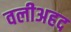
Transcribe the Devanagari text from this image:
वलीअहद